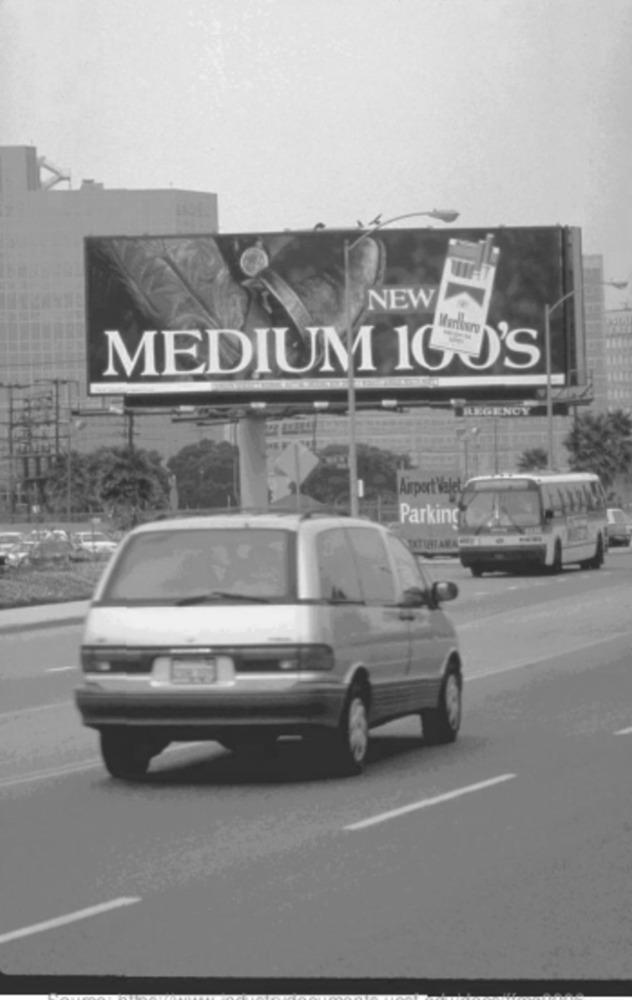
NEW
MEDIUM ICJ'S
REGENCY
Airport'Valet
Parking